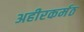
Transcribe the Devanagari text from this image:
अहीरकर्मठ